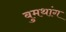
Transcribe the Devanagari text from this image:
बुमथांग